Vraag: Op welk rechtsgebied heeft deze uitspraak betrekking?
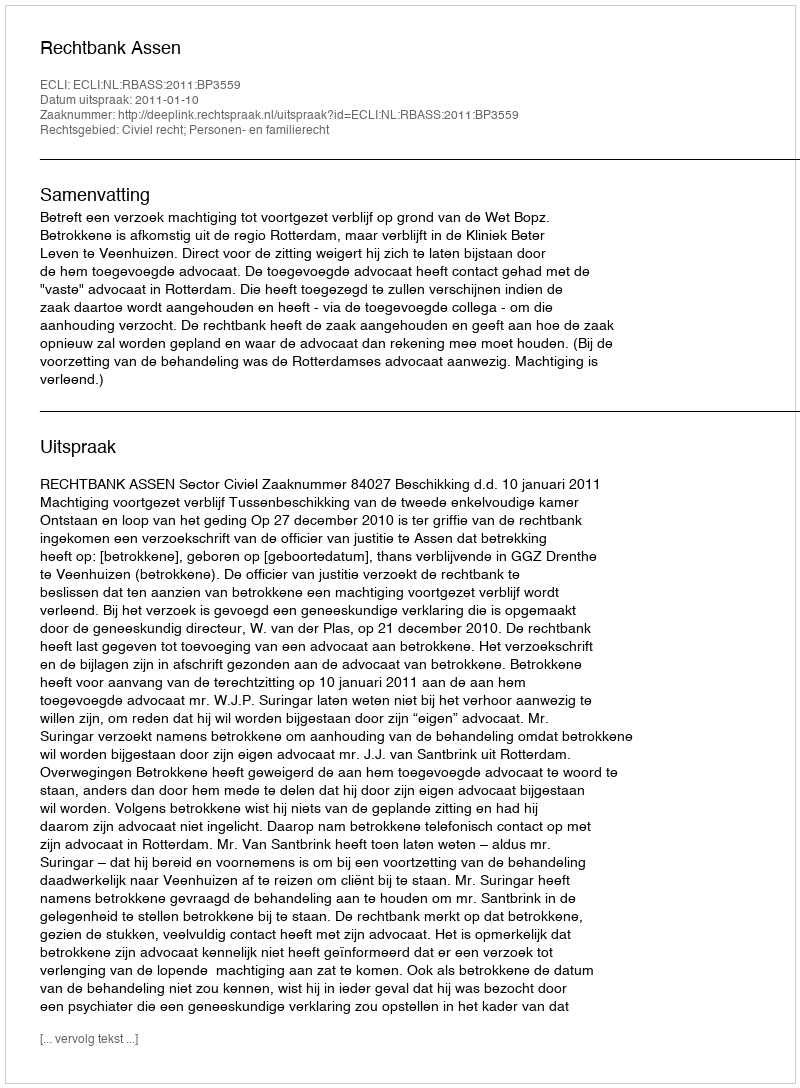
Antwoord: Civiel recht; Personen- en familierecht